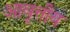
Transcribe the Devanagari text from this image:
आवृत्तीय